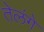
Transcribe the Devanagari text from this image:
तेलंगे